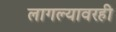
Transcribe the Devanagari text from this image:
लागल्यावरही